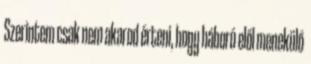
Szerintem csak nem akarod érteni, hogy háború elől menekülő